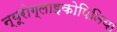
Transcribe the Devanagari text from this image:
न्यूरोग्लाइकोपिनिया